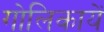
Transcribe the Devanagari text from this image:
गोलिकायें